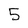
Character: 5